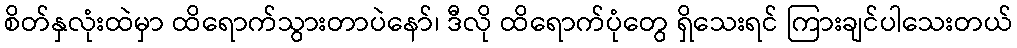
စိတ်နှလုံးထဲမှာ ထိရောက်သွားတာပဲနော်၊ ဒီလို ထိရောက်ပုံတွေ ရှိသေးရင် ကြားချင်ပါသေးတယ်